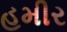
હમીર